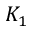
K _ { 1 }